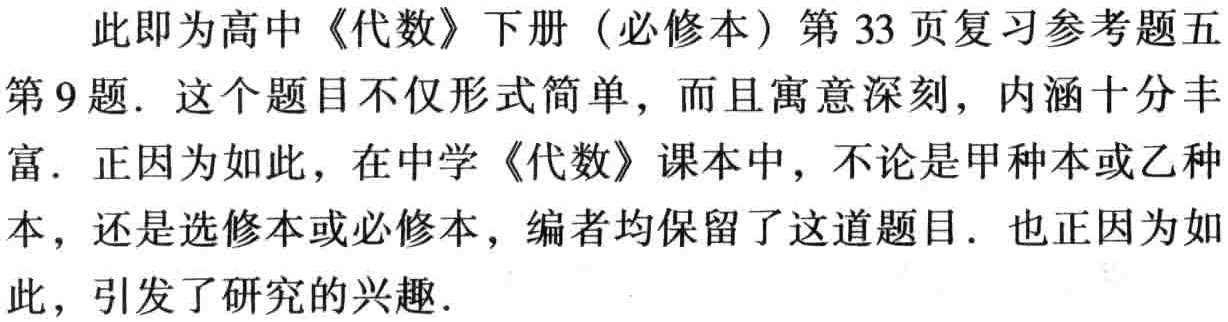
此即为高中《代数》下册（必修本）第 33 页复习参考题五第 9 题. 这个题目不仅形式简单，而且寓意深刻，内涵十分丰富. 正因为如此，在中学《代数》课本中，不论是甲种本或乙种本，还是选修本或必修本，编者均保留了这道题目. 也正因为如此，引发了研究的兴趣.